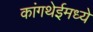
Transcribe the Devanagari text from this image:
कांगथेईमध्ये